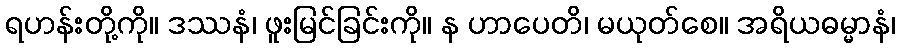
ရဟန်းတို့ကို။ ဒဿနံ၊ ဖူးမြင်ခြင်းကို။ န ဟာပေတိ၊ မယုတ်စေ။ အရိယဓမ္မာနံ၊